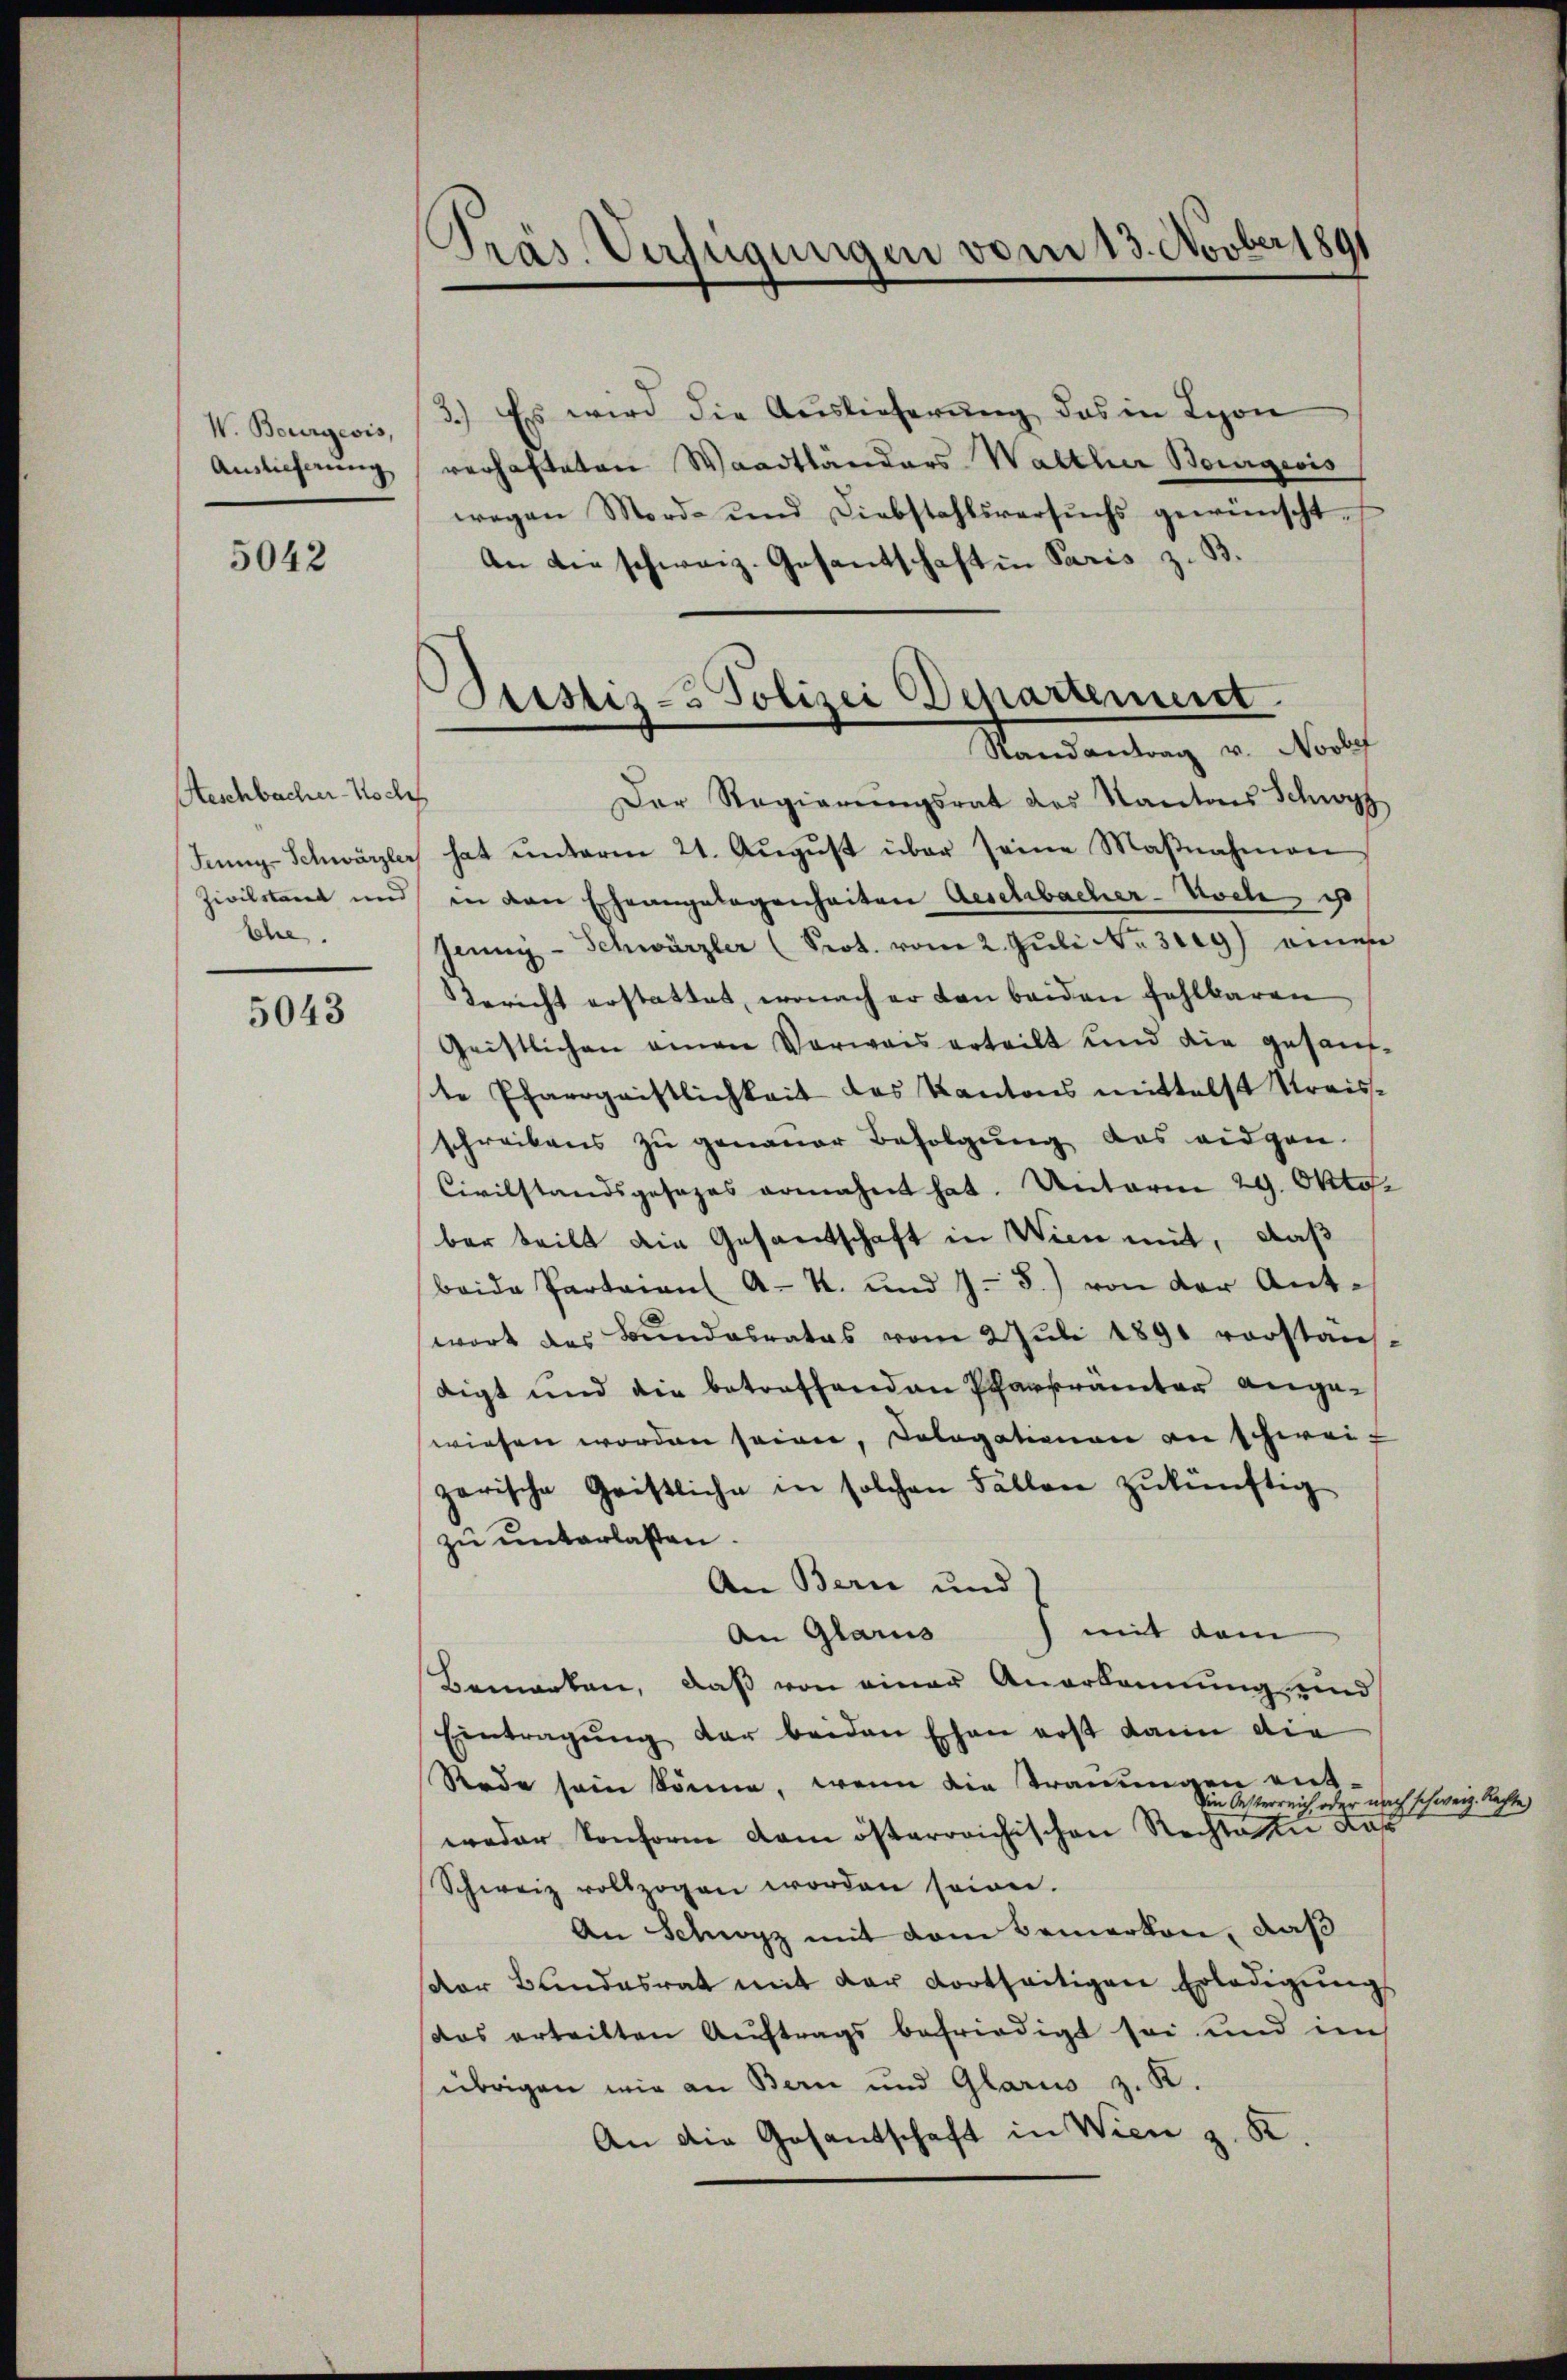
V. Bourgeois,
Auslieferung

5042

Geschbacher-Noch
Zivilstant und
sehe

5043

.
Präs. Verfügungen vom 13. Novber 1891

Pristiz- & Polizei Departement
Randantrag v. Novbef

3.) Es wird die Auslieferung das in Lyon
verhafteten Waadtländers Walther Bourgeois
wegen Mord- und Diebstahlsversŭchs gewünscht.
An die schweiz. Gesantschaft in Paris z. B.
Der Regierungsrat des Kantons Schwyz
Jenz-Schwärzler hat unterm 21. Aŭgŭst über seine Maβnahmen
in den Eheangelegenheiten Aeschbacher-Voele, ist
Jenny - Schwärzler (Prot. vom 2. Juli No 39) eine
Bericht erstattet, wonach er den beiden fehlbaren
Geistlichen einen Verwais erteilt und die gesand-
te Pfarrgeistlichkeit des Kantons mittelst Kreisschreibens zŭ genauer Befolgŭng des eidgen.
Civilstandsgesages ermahnt hat. Unterm 29. Oktobar teilt die Gesandschaft in Wien mit, daß
beide Parteien A. R. und J. S.) von der Ant-
wort des Bundesrates vom 2 Juli 1891 vorstanz
digt und die betreffenden Pfarrämter angewiesen worden seinen, Cologationen an schweiz
zerische Gristliche in solchen Fällen zukünftig
zu unterlassen.
An Bern und
) mit dem
An Glarus
Bemerken, daß von einer Anerkennung und
Eintragŭng der beiden Ehen erst dann die
Rade sein könne, wenn die Trauungen mit
Ein Oesterreich oder nach schweiz. Rechte)
weder konform dem österreichischen Rechte in Aus
Schweiz vollzogen worden sowei
An Schwyz mit dem Bemerken, daß
sar Bundesrat mit der dortseitigen Erledigŭngs
das erteilten Auftrags befriedigt sei und im
übrigen wir an Bern und Glarus z. K.
An die Gesantschaft in Wien z. K.